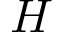
H